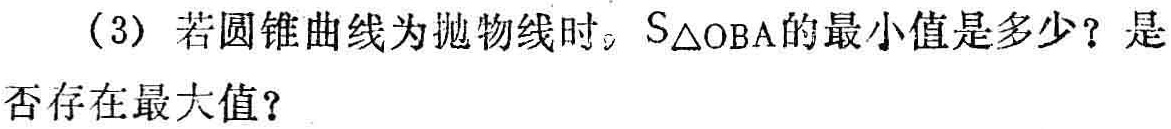
(3) 若圆锥曲线为抛物线时，$S_{\triangle OBA}$的最小值是多少？是否存在最大值？